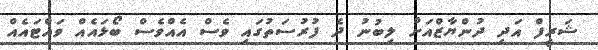
ޝަރީފް އަދި ދުންޔާޒްއަށް ލިބުނު ދެ ފުރުސަތުގައި ވެސް އެއްވެސް ބޯޅައެއް ވައްޓައެއް